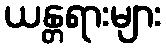
ယန္တရားများ